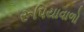
રૂપિયાવાળો